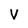
Character: V